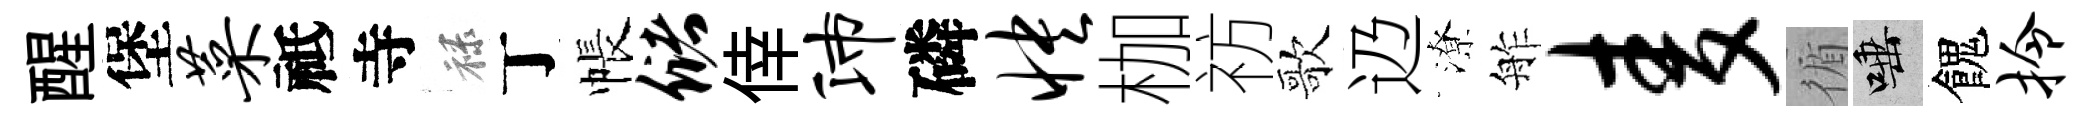
醒堡菜祗寺禄丁帳储倖沛磷怏枷祊歌辸潦舴麦循唾餽拎